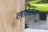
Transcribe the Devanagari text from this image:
लोकिंग